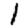
Digit: 1